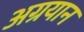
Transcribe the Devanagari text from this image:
अग्रयान